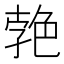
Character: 𦫛